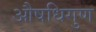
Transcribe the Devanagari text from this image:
औषधिगुण